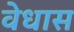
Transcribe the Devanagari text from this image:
वेधास